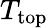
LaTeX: T_{\mathrm{top}}